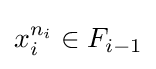
x_{i}^{n_{i}}\in F_{i-1}